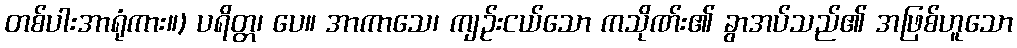
တစ်ပါးအာရုံကား။) ပရိတ္တ၊ ပေ။ အာကာသေ၊ ကျဉ်းငယ်သော ကသိုဏ်း၏ ခွာအပ်သည်၏ အဖြစ်ဟူသော